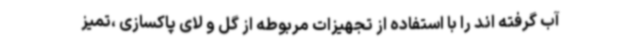
آب گرفته اند را با استفاده از تجهیزات مربوطه از گل و لای پاکسازی ،تمیز